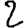
Digit: 2